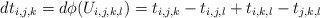
\begin{align*} dt_{i,j,k} = d\phi(U_{i,j,k,l}) = t_{i,j,k} -t_{i,j,l} + t_{i,k,l} - t_{j,k,l} \end{align*}